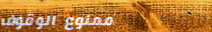
ممنوع الوقوف